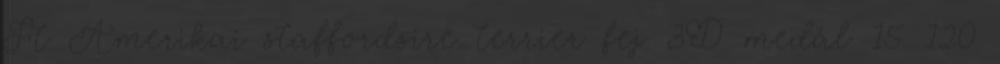
Ft Amerikai staffordsire terrier fej 3D medál 15 120